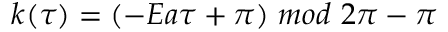
k ( \tau ) = ( - E a \tau + \pi ) \ m o d \ 2 \pi - \pi